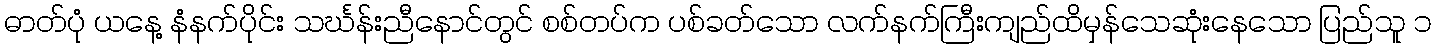
ဓာတ်ပုံ ယနေ့ နံနက်ပိုင်း သင်္ဃန်းညီနောင်တွင် စစ်တပ်က ပစ်ခတ်သော လက်နက်ကြီးကျည်ထိမှန်သေဆုံးနေသော ပြည်သူ ၁